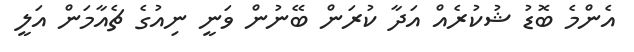
އެންމެ ބޮޑު ޝުކުރެއް އަދާ ކުރަން ބޭނުން ވަނީ ނިއުގެ ޗެއާމަން އަލީ